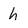
Character: h